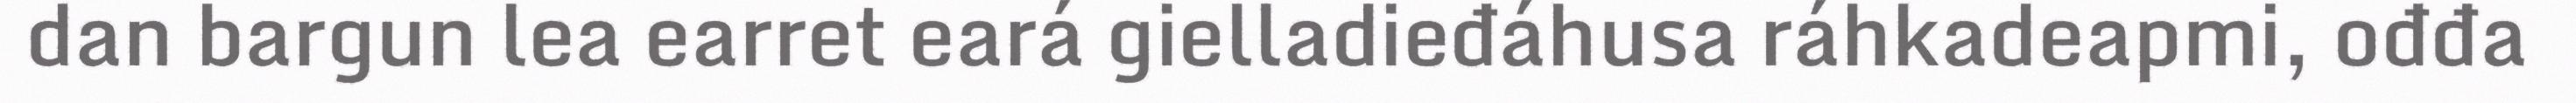
dan bargun lea earret eará gielladieđáhusa ráhkadeapmi, ođđa